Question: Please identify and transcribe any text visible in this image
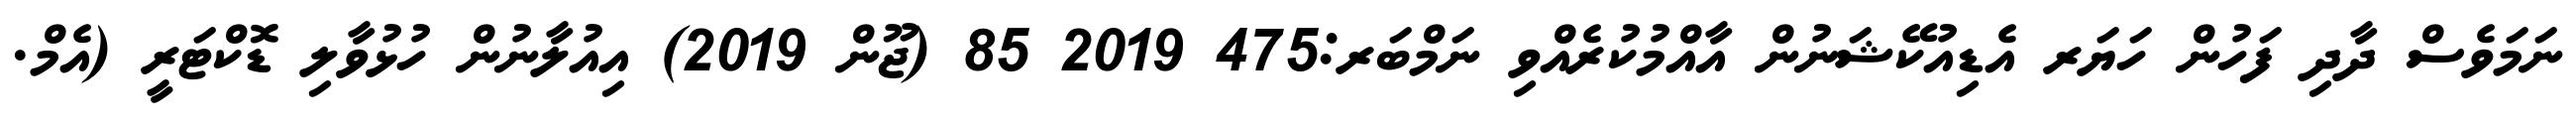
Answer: ނަމަވެސް ދާދި ފަހުން ހަޔަރ އެޑިއުކޭޝަނުން އާއްމުކުރެއްވި ނަމްބަރ:475 2019 85 (ޖޫން 2019) އިއުލާނުން ހުޅުވާލި ޑޮކްޓަރީ (އެމް.